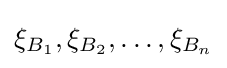
\xi _{B_{1}},\xi _{B_{2}},\dots ,\xi _{B_{n}}